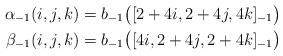
LaTeX: \begin{align*}\alpha_{-1}(i,j,k) &= b_{-1}\bigl([2+4i, 2+4j, 4k]_{-1}\bigr) \\\beta_{-1}(i,j,k) &= b_{-1}\bigl([4i, 2+4j, 2+4k]_{-1}\bigr)\end{align*}